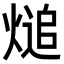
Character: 㷟